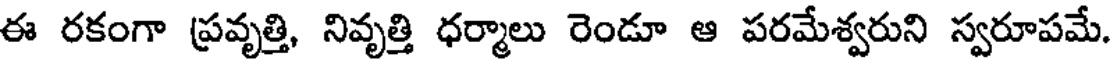
ఈ రకంగా ప్రవృత్తి, నివృత్తి ధర్మాలు రెండూ ఆ పరమేశ్వరుని స్వరూపమే.